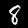
Digit: 8